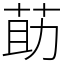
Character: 莇